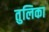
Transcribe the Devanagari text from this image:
तुलिका